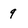
Character: 9